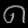
Digit: ၈